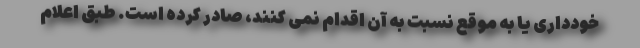
خودداری یا به موقع نسبت به آن اقدام نمی کنند، صادر کرده است. طبق اعلام